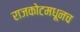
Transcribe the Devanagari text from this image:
राजकोटमधूनच